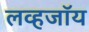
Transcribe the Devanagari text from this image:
लव्हजॉय